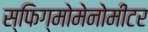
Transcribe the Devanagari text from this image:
स्फिग्मोमेनोमीटर